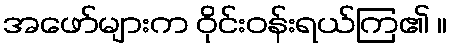
အဖော်များက ဝိုင်းဝန်းရယ်ကြ၏ ။